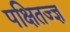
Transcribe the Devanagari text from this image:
पक्षितज्‍ज्ञ